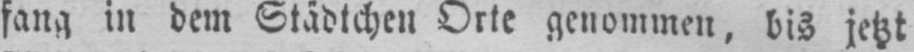
fang in dem Städtchen Orte genommen, bis jetzt